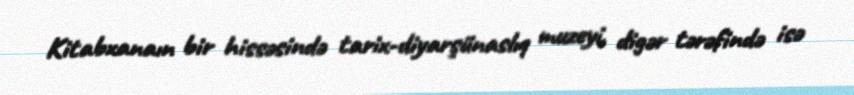
Kitabxanaın bir hissəsində tarix-diyarşünaslıq muzeyi, digər tərəfində isə